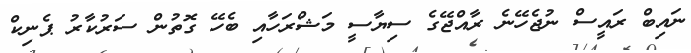
ނައިބް ރައީސް ނުޖެހޭނެ ރާއްޖޭގެ ސިޔާސީ މަޝްރަހާއި ބެހޭ ގޮތުން ސަރުކާރު ޕެނިކް